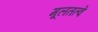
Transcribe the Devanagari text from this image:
मूलतत्वे